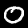
Digit: 0